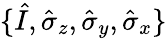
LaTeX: \{ \hat{I},\hat{\sigma}_{z},\hat{\sigma}_{y},\hat{\sigma}_{x}\}